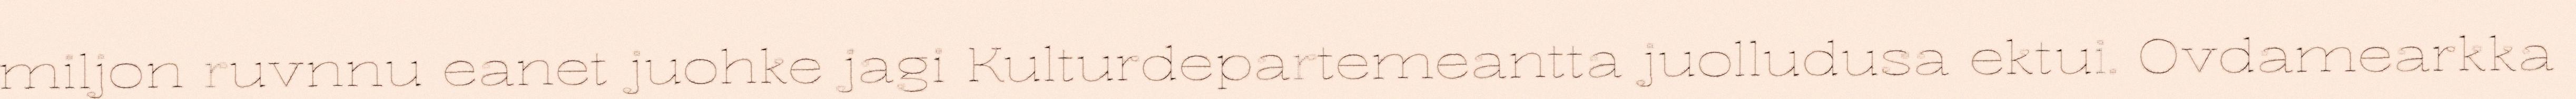
miljon ruvnnu eanet juohke jagi Kulturdepartemeantta juolludusa ektui. Ovdamearkka